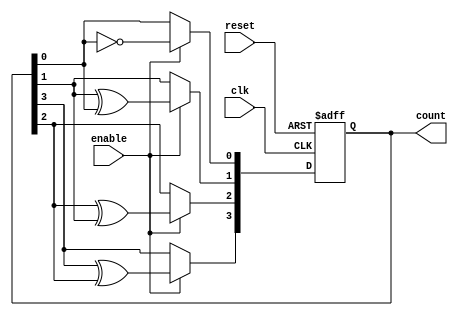
module async_ripple_counter (
    input wire clk,           // Clock input
    input wire reset,         // Asynchronous reset
    input wire enable,        // Count enable signal
    output reg [N-1:0] count  // Counter output
);
    parameter N = 4; // Number of bits in the counter

    // Always block for the counter logic
    always @(posedge clk or posedge reset) begin
        if (reset) begin
            count <= 0; // Reset counter to 0
        end else if (enable) begin
            count[0] <= ~count[0]; // Toggle the least significant bit
            // Ripple effect for the rest of the bits
            count[1] <= count[1] ^ count[0]; // Toggle on count[0] transition
            count[2] <= count[2] ^ count[1]; // Toggle on count[1] transition
            count[3] <= count[3] ^ count[2]; // Toggle on count[2] transition
            // Add more bits as needed
        end
    end
endmodule